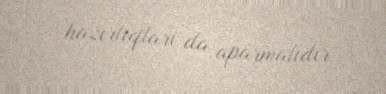
hazırlıqları da aparmalıdır.